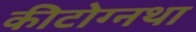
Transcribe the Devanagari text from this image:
कीटोग्नथा